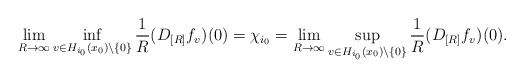
\begin{align*}\lim_{R\to\infty} \inf_{v\in H_{i_0}(x_0)\setminus \{0\}}{1\over R} (D_{[R]} f_v)(0) = \chi_{i_0}= \lim_{R\to\infty} \sup_{v\in H_{i_0}(x_0)\setminus \{0\}}{1\over R} (D_{[R]} f_v)(0) . \end{align*}